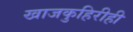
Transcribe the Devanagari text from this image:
खाजकुहिरीही